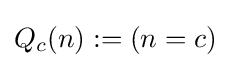
Q_{c}(n):=(n=c)